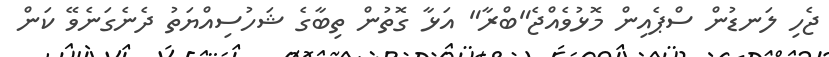
ޖެހި ލަނޑުން ސްޕެއިން މޮޅުވެއްޖެ"ބްރާ" އަޅާ ގޮތުން ތިބާގެ ޝަހުސިއްޔަތު ދެނެގަނެވޭ ކަން